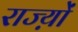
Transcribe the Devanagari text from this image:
राज्य़ों